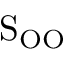
\mathrm { S _ { O O } }